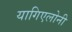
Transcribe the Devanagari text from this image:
यागिएलोनी